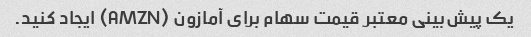
یک پیش‌بینی معتبر قیمت سهام برای آمازون (AMZN) ایجاد کنید.